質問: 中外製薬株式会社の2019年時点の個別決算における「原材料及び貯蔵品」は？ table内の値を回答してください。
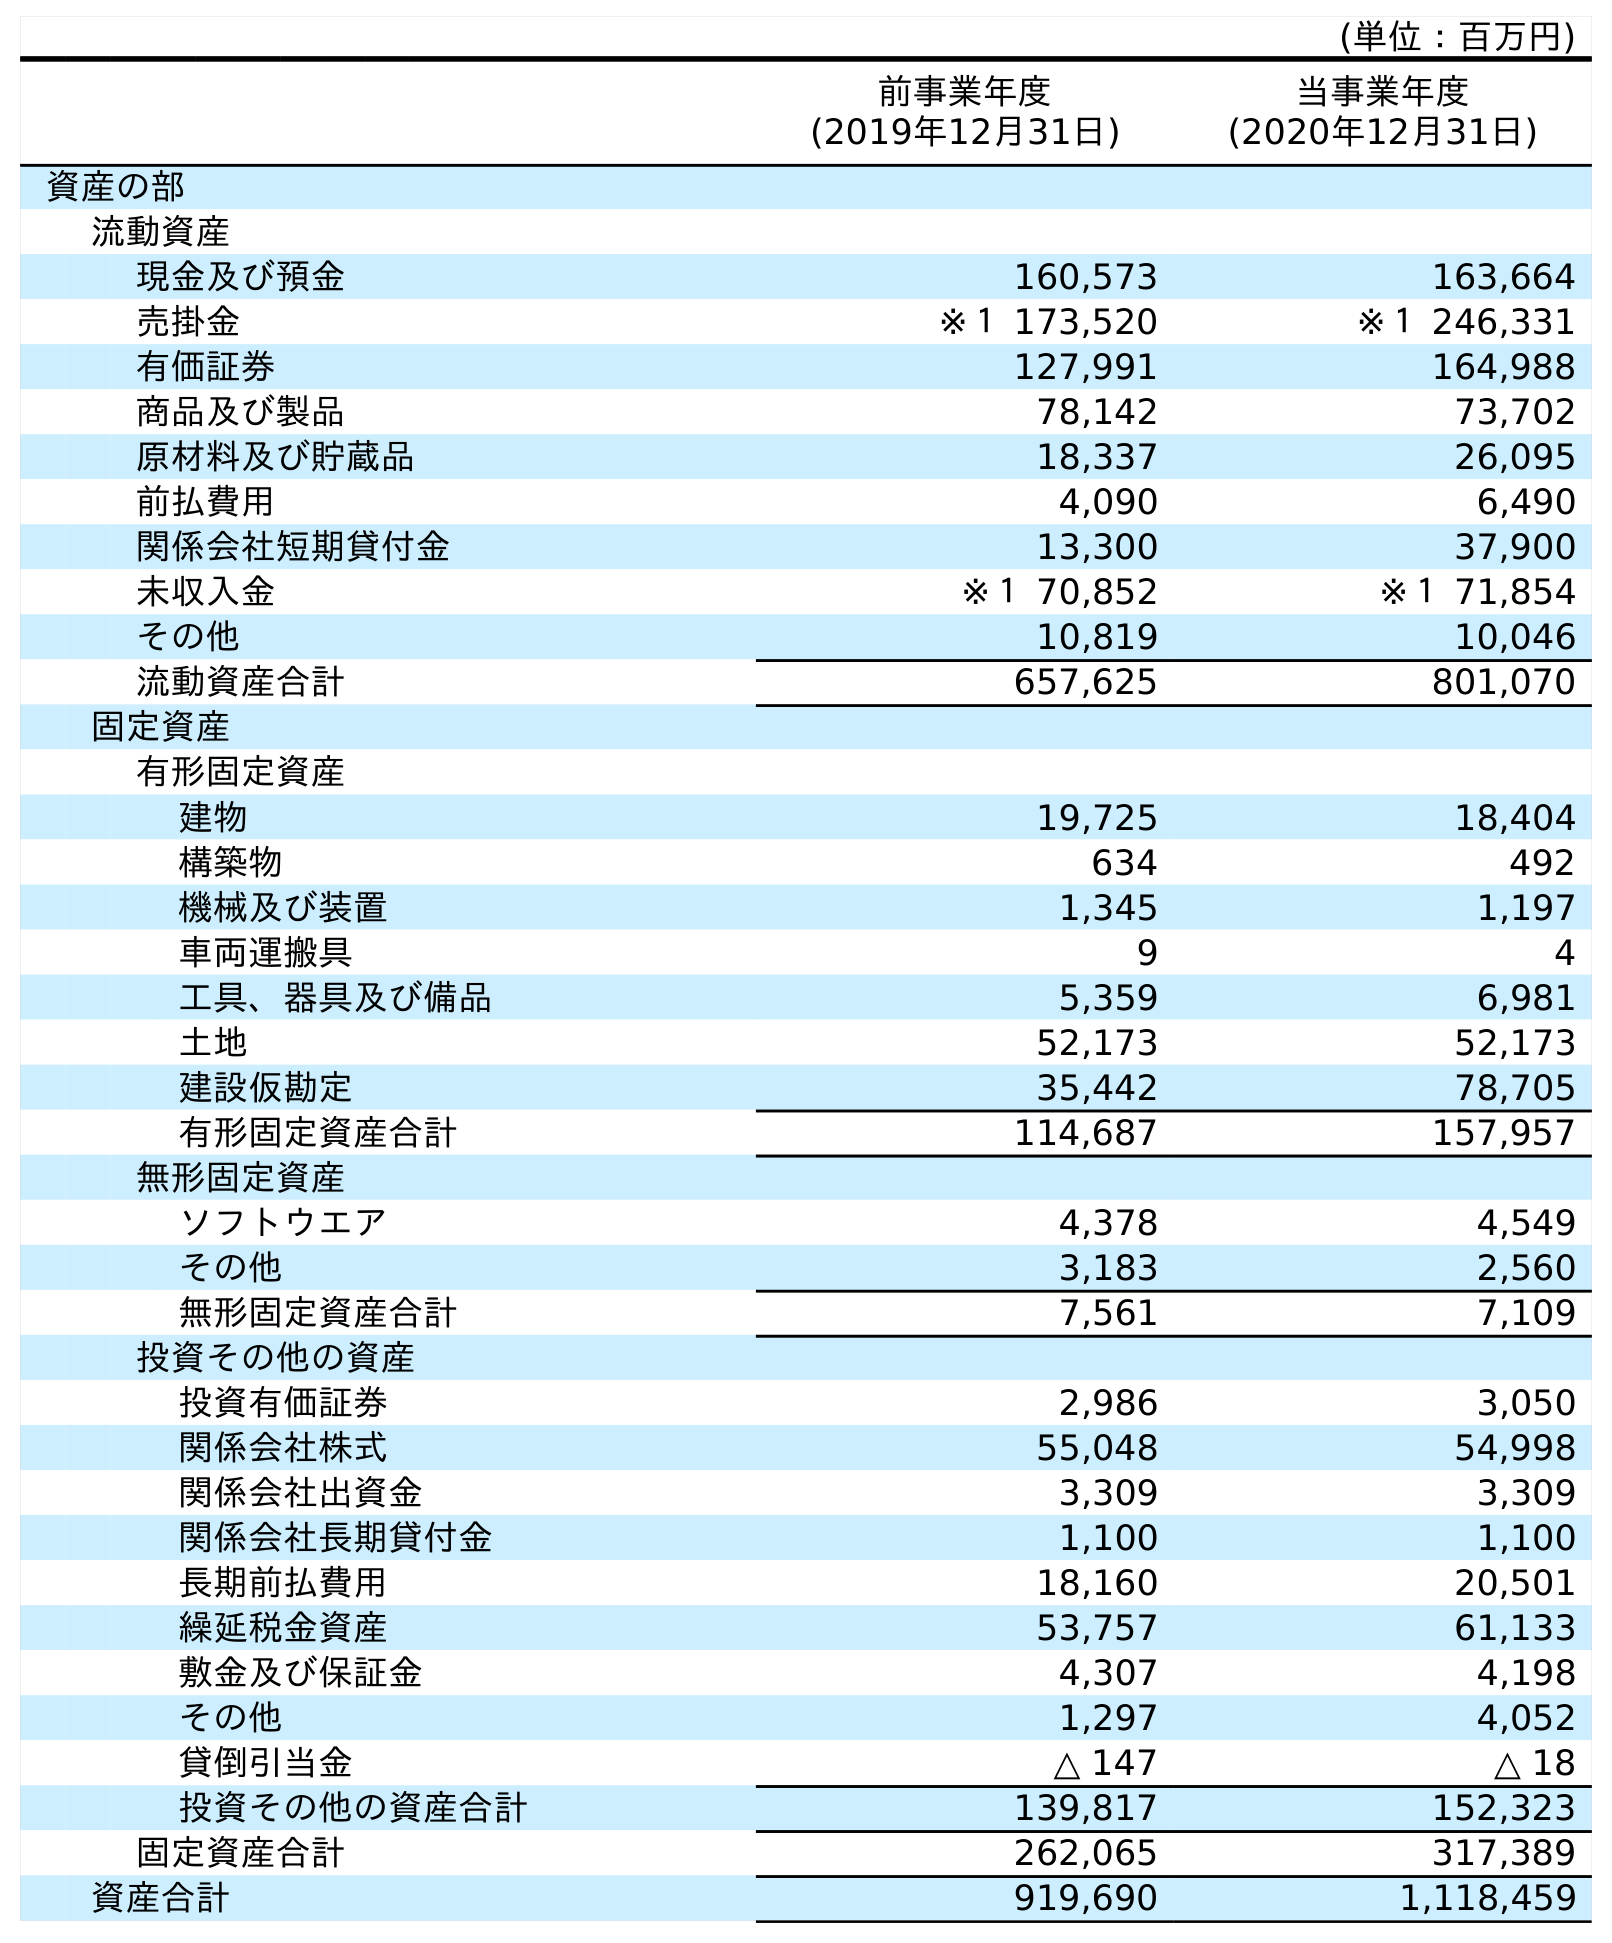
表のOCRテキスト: (単位：百万円) 前事業年度 (2019年12月31日) 当事業年度 (2020年12月31日) 資産の部 流動資産 現金及び預金 160,573 163,664 売掛金 ※１ 173,520 ※１ 246,331 有価証券 127,991 164,988 商品及び製品 78,142 73,702 原材料及び貯蔵品 18,337 26,095 前払費用 4,090 6,490 関係会社短期貸付金 13,300 37,900 未収入金 ※１ 70,852 ※１ 71,854 その他 10,819 10,046 流動資産合計 657,625 801,070 固定資産 有形固定資産 建物 19,725 18,404 構築物 634 492 機械及び装置 1,345 1,197 車両運搬具 9 4 工具、器具及び備品 5,359 6,981 土地 52,173 52,173 建設仮勘定 35,442 78,705 有形固定資産合計 114,687 157,957 無形固定資産 ソフトウエア 4,378 4,549 その他 3,183 2,560 無形固定資産合計 7,561 7,109 投資その他の資産 投資有価証券 2,986 3,050 関係会社株式 55,048 54,998 関係会社出資金 3,309 3,309 関係会社長期貸付金 1,100 1,100 長期前払費用 18,160 20,501 繰延税金資産 53,757 61,133 敷金及び保証金 4,307 4,198 その他 1,297 4,052 貸倒引当金 △ 147 △ 18 投資その他の資産合計 139,817 152,323 固定資産合計 262,065 317,389 資産合計 919,690 1,118,459
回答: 18,337